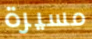
مسيرة